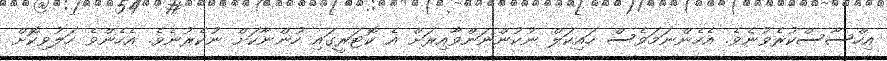
އިހްސާސްކުރެވުނެވެ. އެހެންނަމަވެސް ހައިކަލް ނުކުންނަންވާއިރަށް އެ ކޮޓަރީގައި ހުންނާކަށް ނުކެރުނެވެ. އެހެންވެ ހަލުވިކޮށް